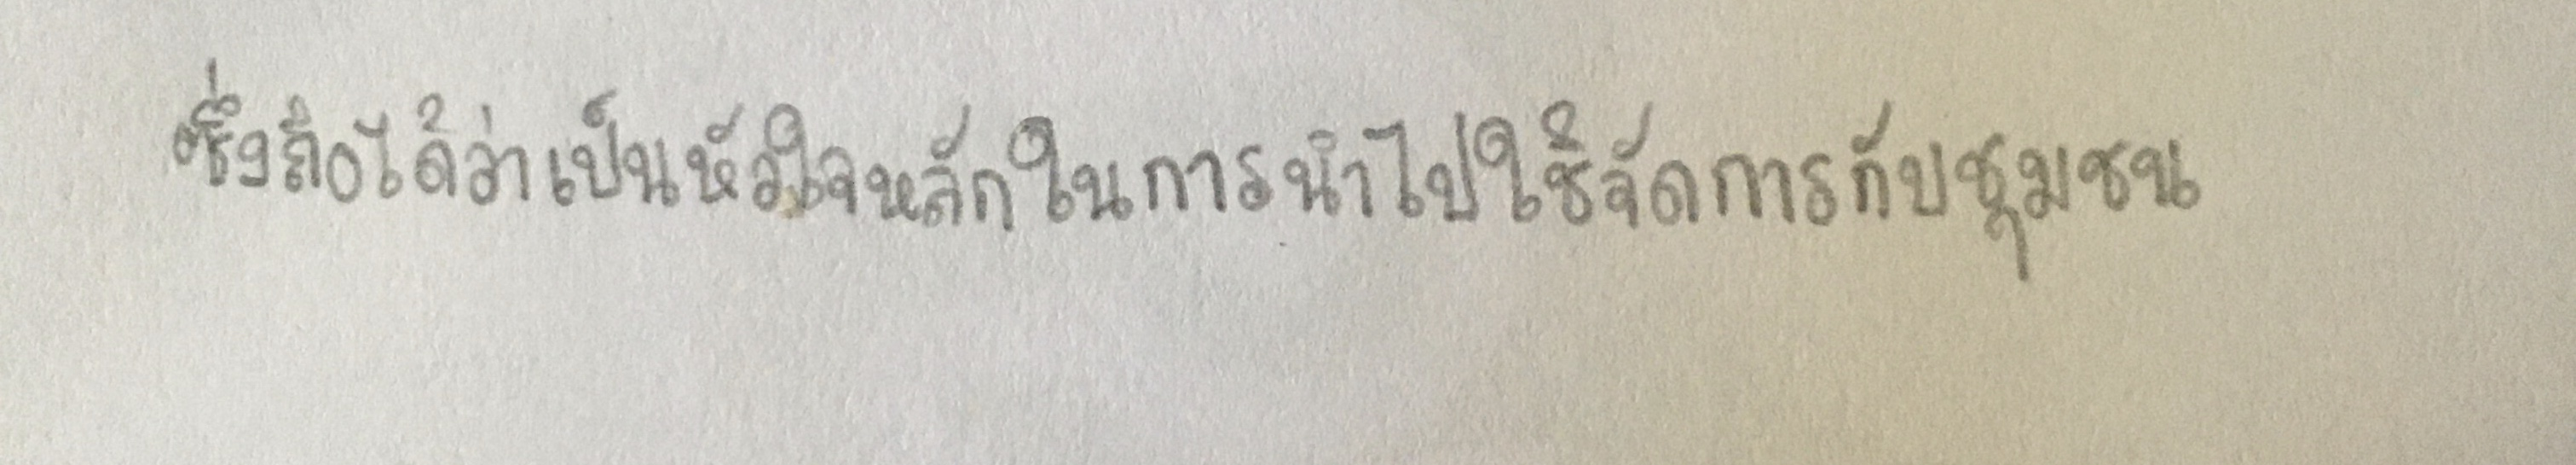
ซึ่งถือได้ว่าเป็นหัวใจหลักในการนำไปใช้จัดการกับชุมชน